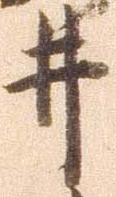
井